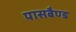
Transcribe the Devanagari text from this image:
पासबैण्ड